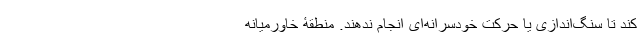
کند تا سنگ‌اندازی یا حرکت خودسرانه‌ای انجام ندهند. منطقۀ خاورمیانه